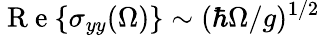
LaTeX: \mathrm{~R~e~}{\left\{ \sigma_{yy}(\Omega)\right\} }\sim(\hbar\Omega/g)^{1/2}